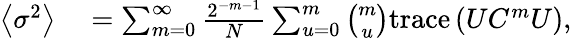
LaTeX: \begin{array}{rl}{\left\langle\sigma^{2}\right\rangle}&{{}=\sum_{m=0}^{\infty}\frac{2^{-m-1}}{N}\sum_{u=0}^{m}\binom{m}{u}\mathrm{trace}\left(UC^{m}U\right),}\end{array}